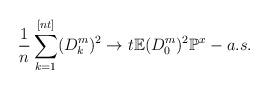
LaTeX: \begin{align*}\frac{1}{n}\sum_{k=1}^{[nt]}(D_{k}^{m})^{2}\rightarrow t\mathbb{E}(D_{0}^{m})^{2}\mathbb{P}^{x}-a.s. \end{align*}